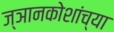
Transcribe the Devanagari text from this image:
ज्ञानकोशांच्या